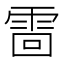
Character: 䨓